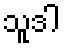
သူဒါ